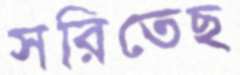
সরিতেছ